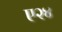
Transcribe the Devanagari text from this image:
ए२४